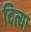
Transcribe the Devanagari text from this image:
दित्या